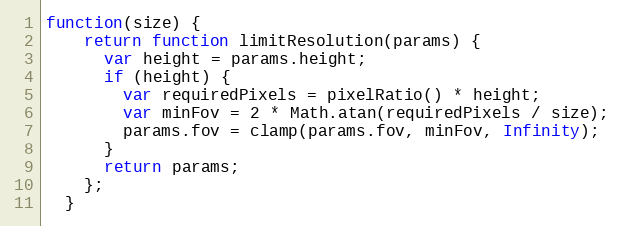
Language: JavaScript
function(size) {
    return function limitResolution(params) {
      var height = params.height;
      if (height) {
        var requiredPixels = pixelRatio() * height;
        var minFov = 2 * Math.atan(requiredPixels / size);
        params.fov = clamp(params.fov, minFov, Infinity);
      }
      return params;
    };
  }